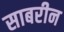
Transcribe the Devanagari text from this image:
साबरीन